Report on vaccination in Madras 1904-1921 - 1904-1921
Year: 1904
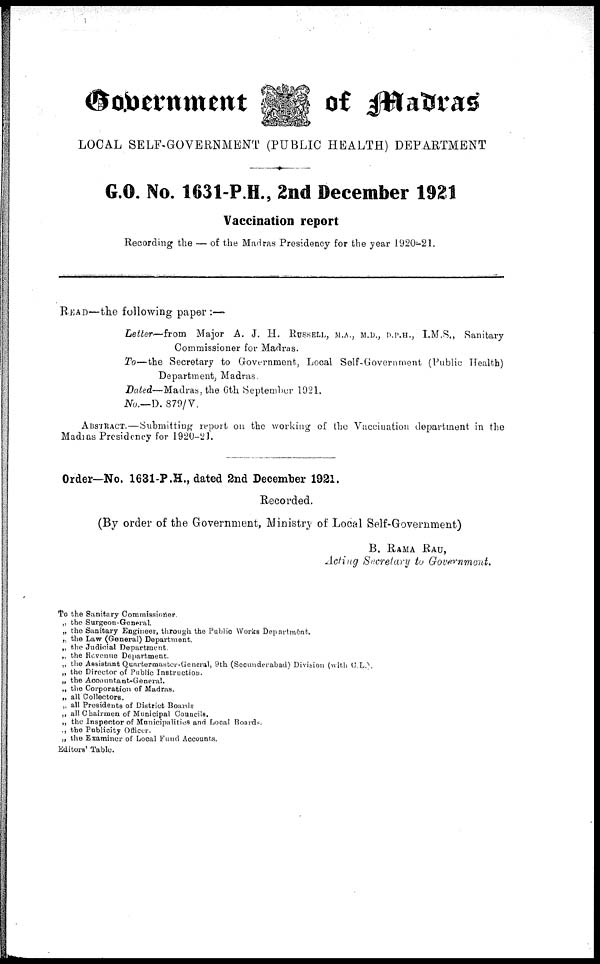
Government
of Madras
LOCAL SELF-GOVERNMENT (PUBLIC HEALTH) DEPARTMENT
G.O. No. 1631 P.H., 2nd December 1921
Vaccination report
Recording the — of the Madras Presidency for the year 1920-21.
READ—the following paper :—
Letter—from Major A. J. H. RUSSELL, M.A., M.D., D.P.H., I.M.S., Sanitary
Commissioner for Madras.
To—the Secretary to Government, Local Self-Government (Public Health)
Department, Madras.
Dated— Madras, the 6th September 1921.
No.—D. 879/V.
ABSTRACT.—Submitting report on the working of the Vaccination department in the
Madras Presidency for 1920-21.
Order—No. 1631-P.H., dated 2nd December 1921.
Recorded.
(By order of the Government, Ministry of Local Self-Government)
B. RAMA RAU,
Acting Secretary to Government.
To the Sanitary Commissioner.
„ the Surgeon-General.
„ the Sanitary Engineer, through the Public Works Department.
„ the Law (General) Department.
„ the Judicial Department.
„ the Revenue Department.
„ the Assistant Quartermaster-General, 9th (Secunderabad) Division (with C.L.).
„ the Director of Public Instruction.
„ the Accountant-General.
„ the Corporation of Madras.
„ all Collectors.
„ all Presidents of District Boards
„ all Chairmen of Municipal Councils.
„ the Inspector of Municipalities and Local Boards.
., the Publicity Officer.
„ the Examiner of Local Fund Accounts.
Editors' Table.